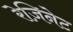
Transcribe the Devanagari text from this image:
रेज़िनेट